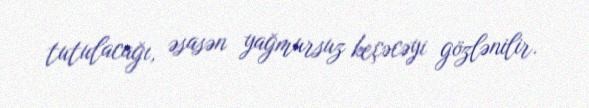
tutulacağı, əsasən yağmursuz keçəcəyi gözlənilir.